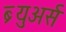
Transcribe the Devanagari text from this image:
ब्र्युअर्स